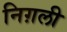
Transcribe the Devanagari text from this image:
निग़ली